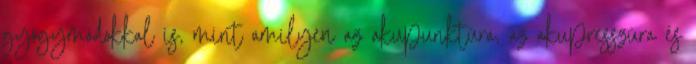
gyógymódokkal is, mint amilyen az akupunktúra, az akupresszúra és